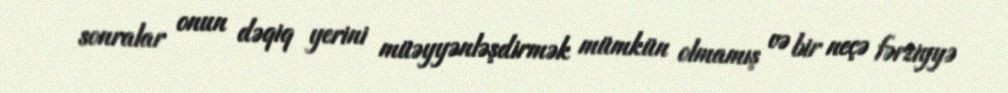
sonralar onun dəqiq yerini müəyyənləşdirmək mümkün olmamış və bir neçə fərziyyə